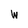
Character: w